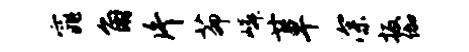
窕角片茆嶙廿卑深扳伽